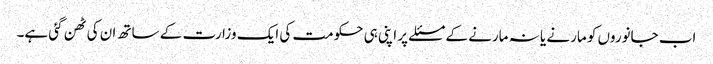
اب جانوروں کو مارنے یا نہ مارنے کے مسئلے پر اپنی ہی حکومت کی ایک وزارت کے ساتھ ان کی ٹھن گئی ہے۔